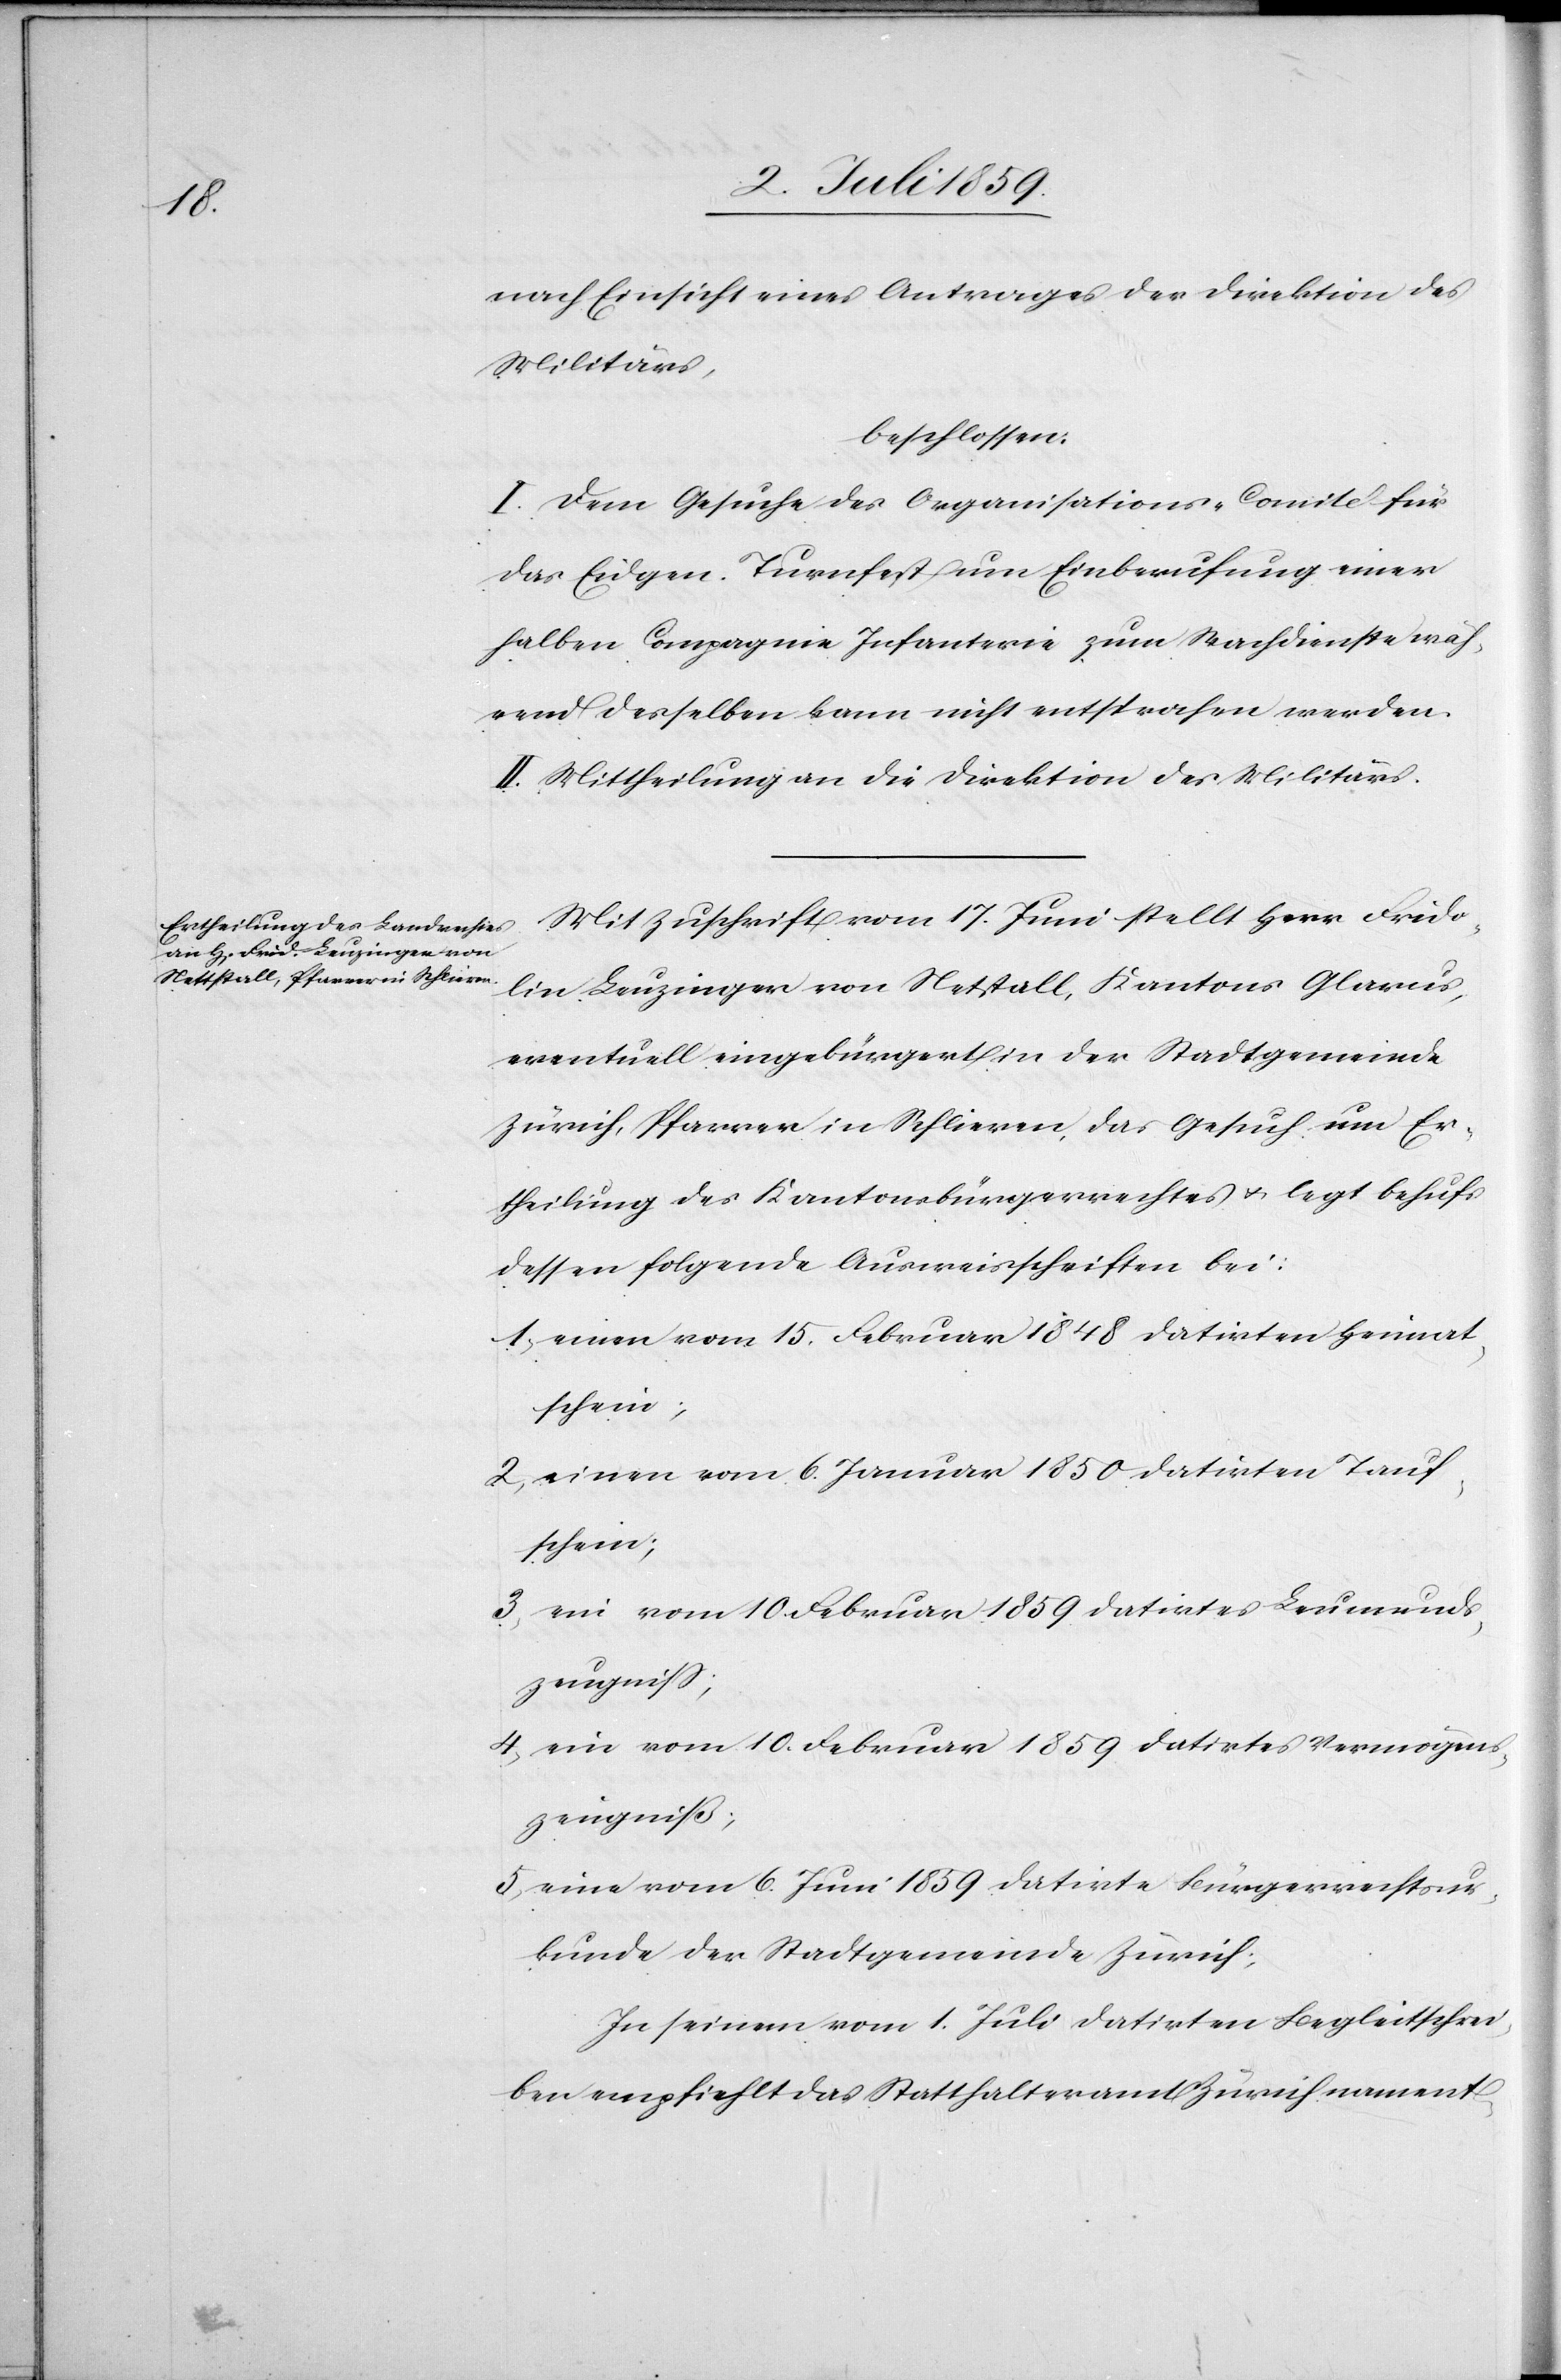
nach Einsicht eines Antrages der Direktion des
Militärs
beschlossen:
I. Dem Gesuche des Organisations-Comité für
das Eidgen. Turnfest um Einberufung einer
halben Compagnie Infanterie zum Wachdienste wäh¬
rend desselben kann nicht entsprochen werden.
II. Mittheilung an die Direktion des Militärs.
Mit Zuschrift vom 17. Juni stellt Herr Frido¬
lin Leuzinger von Netstall, Kantons Glarus,
eventuell eingebürgert in der Stadtgemeinde
Zürich, Pfarrer in Schlieren, das Gesuch um Er¬
theilung des Kantonsbürgerrechtes u. legt behufs
dessen folgende Ausweisschriften bei:
1) einen vom 15. Februar 1848 datirten Heimat¬
schein;
2) einen vom 6. Januar 1850 datirten Tauf¬
schein;
3) ein vom 10 Februar 1859 datirtes Leumunds¬
4) ein vom 10. Februar 1859 datirtes Vermögens¬
zeugniß;
5) eine vom 6. Juni 1859 datirte Bürgerrechtsur¬
kunde der Stadtgemeinde Zürich;
Zu seinem vom 1. Juli datirten Begleitschrei¬
ben empfiehlt das Statthalteramt Zürich nament-